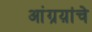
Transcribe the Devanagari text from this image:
आंग्रय़ांचे